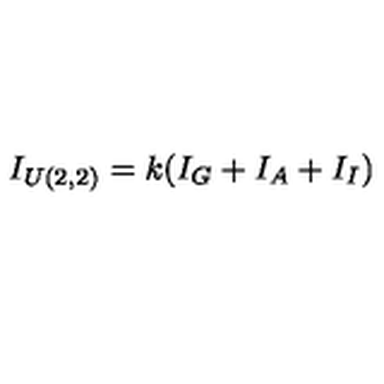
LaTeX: I _ { U ( 2 , 2 ) } = k ( I _ { G } + I _ { A } + I _ { I } )